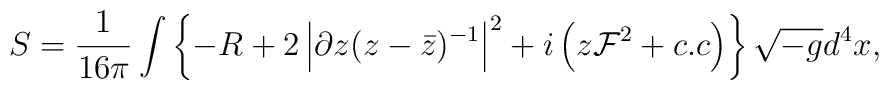
S=\frac{1}{16\pi}\int \left\{-R+2\left|\partial z(z-{\bar z})^{-1}\right|^2 +i\left(z{\cal F}^2+c.c\right)\right\}\sqrt{-g}d^4x,